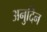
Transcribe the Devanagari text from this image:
अनुदिन